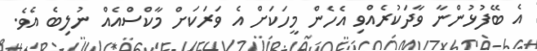
އެ ބޭފުޅުންނާ ވާދަކުރެއްވި އެހެން މީހަކަށް އެ ވަރަކަށް މާކްސްއެއް ނުލިބެ އެވެ.